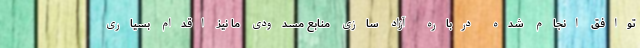
توافق انجام شده درباره آزاد سازی منابع مسدودی ما نیز اقدام بسیاری